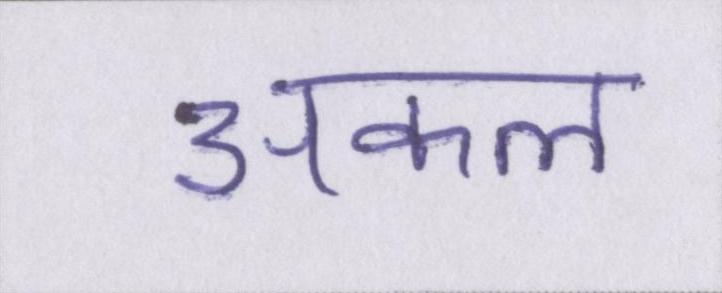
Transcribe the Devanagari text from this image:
अकल